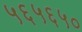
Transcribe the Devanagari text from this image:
५६५६५०